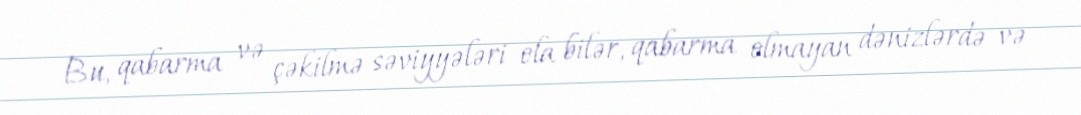
Bu, qabarma və çəkilmə səviyyələri ola bilər, qabarma olmayan dənizlərdə və